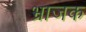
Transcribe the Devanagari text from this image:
भ्राजक